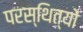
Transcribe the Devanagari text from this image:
परस्थित्यों